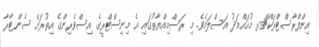
އިންފްރާސްޓްރަކްޗަރ މުޙައްމަދު އަސްލަމެވެ. މި ރަސްމިއްޔާތުގައި އެ މިނިސްޓްރީގެ އިސްވެރިންގެ އިތުރަށް ސެންޓާރާ